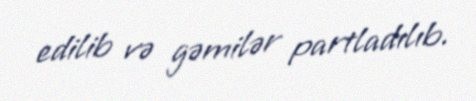
edilib və gəmilər partladılıb.